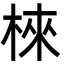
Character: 棶